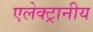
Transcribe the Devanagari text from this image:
एलेक्ट्रानीय